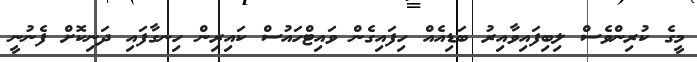
މީގެ ކުރިންވެސް ލިބިފައިވާއިރު ބަޑިއެއް ހިފައިގެން ވައިޓްހައުސް ކައިރިން ހިނގާފައި ދަނިކޮށް ފެނުނީ